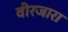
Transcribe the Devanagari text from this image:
वीरजारा